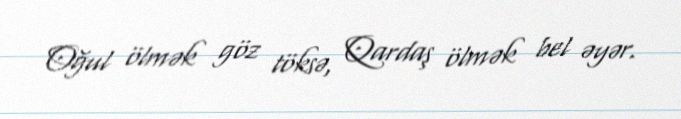
Oğul ölmək göz töksə, Qardaş ölmək bel əyər.